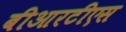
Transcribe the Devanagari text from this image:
बीआरटीएस